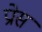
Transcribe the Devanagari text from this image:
प्रोस